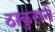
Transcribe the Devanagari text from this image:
ठाकुराने